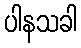
ပါနသခါ